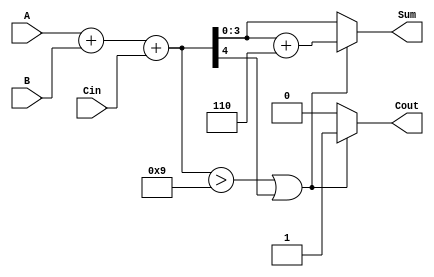
module BCD_Fast_Adder (
    input  wire [3:0] A,      // First BCD digit
    input  wire [3:0] B,      // Second BCD digit
    input  wire       Cin,     // Carry-in
    output reg  [3:0] Sum,     // BCD sum
    output reg       Cout       // Carry-out
);

// Internal signals
wire [4:0] binary_sum;        // 5-bit to accommodate carry
wire       adjust;            // Adjustment flag

// Step 1: Binary addition
assign binary_sum = A + B + Cin;

// Step 2: Check for BCD correction
assign adjust = (binary_sum > 9) || (binary_sum[4]); // Check if sum exceeds 9 or if carry-out occurs

// Step 3: BCD Adjustment
always @(*) begin
    if (adjust) begin
        Sum = binary_sum[3:0] + 4'b0110; // Add 6 for BCD correction
        Cout = 1;                         // Set carry-out
    end else begin
        Sum = binary_sum[3:0];            // No adjustment needed
        Cout = 0;                         // No carry-out
    end
end

endmodule